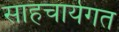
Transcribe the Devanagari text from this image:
साहचार्यगत